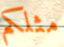
مثلكم